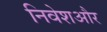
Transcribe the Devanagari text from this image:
निवेशऔर